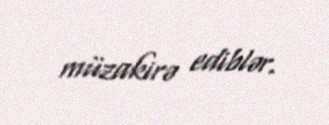
müzakirə ediblər.